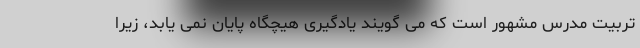
تربيت مدرس مشهور است که می گویند یادگیری هیچگاه پایان نمی یابد، زیرا